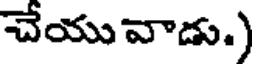
చేయు వాడు.)